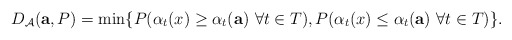
\begin{align*}D_{\mathcal{A}}({\bf a},P)= \min \{P(\alpha_t(x) \ge \alpha_t({\bf a})~ \forall t \in T), P(\alpha_t(x) \le \alpha_t({\bf a})~ \forall t \in T) \}.\end{align*}